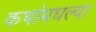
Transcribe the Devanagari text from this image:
कथांमधल्या